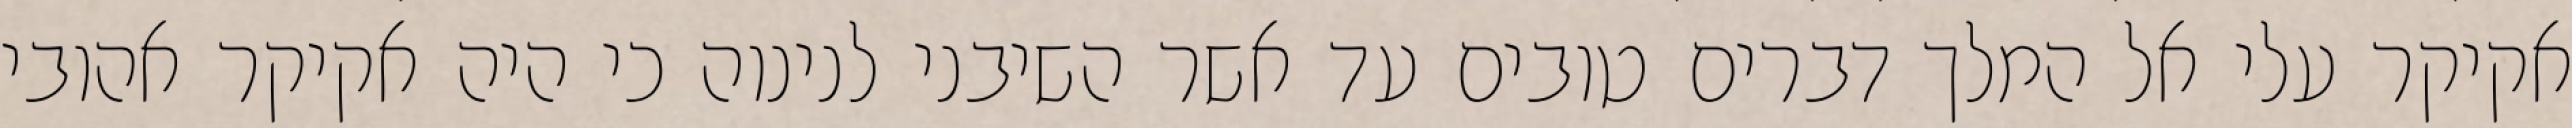
אקיקר עלי אל המלך דברים טובים עד אשר השיבני לנינוה כי היה אקיקר אהובי